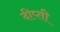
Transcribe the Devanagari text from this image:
दीप्‍ती